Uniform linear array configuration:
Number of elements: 48
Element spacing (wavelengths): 0.75
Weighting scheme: blackman
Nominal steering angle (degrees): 30
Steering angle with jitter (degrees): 30.469
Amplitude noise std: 0.05
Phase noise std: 0.05

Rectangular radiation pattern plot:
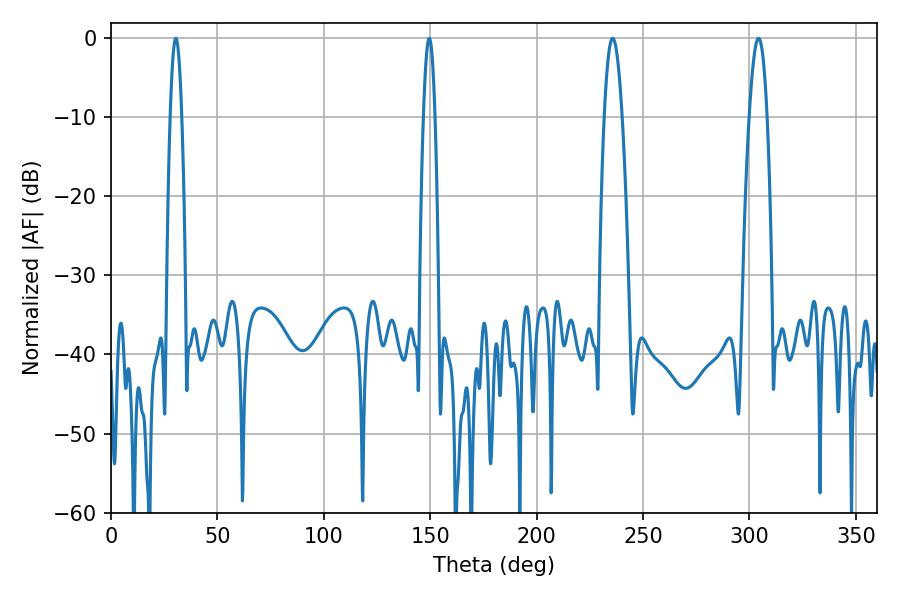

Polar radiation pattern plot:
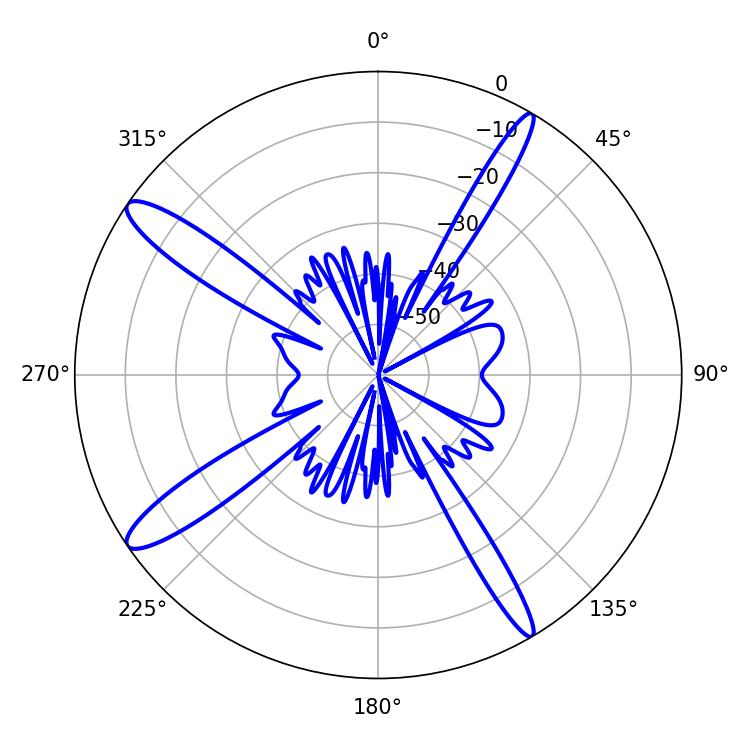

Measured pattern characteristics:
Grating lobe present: TRUE
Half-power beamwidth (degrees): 2.88
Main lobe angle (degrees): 30.42